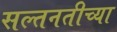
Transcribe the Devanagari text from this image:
सल्तनतीच्या